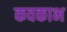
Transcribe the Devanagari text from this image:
कवकाभ